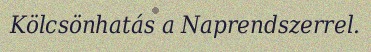
Kölcsönhatás a Naprendszerrel.